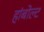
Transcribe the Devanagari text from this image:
हांबोल्ट